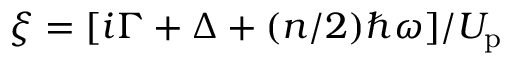
\xi = [ i \Gamma + \Delta + ( n / 2 ) \hbar \omega ] / U _ { \mathrm { p } }